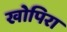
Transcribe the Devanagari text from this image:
खोपिरा